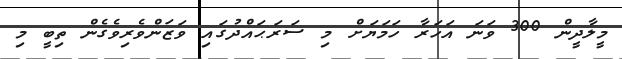
މީލާދީން 300 ވަނަ އަހަރާ ހަމަޔަށް މި ސަރަޙައްދުގައި ވަޒަންވެރިވެގެން ތިބީ މި